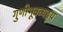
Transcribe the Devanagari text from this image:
गुणीभूतव्यङ्य